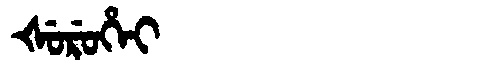
Manchu: ᡧᡠᡵᡠᡥᡝᡳ
Romanization: ŠURUHEI